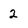
Character: 2